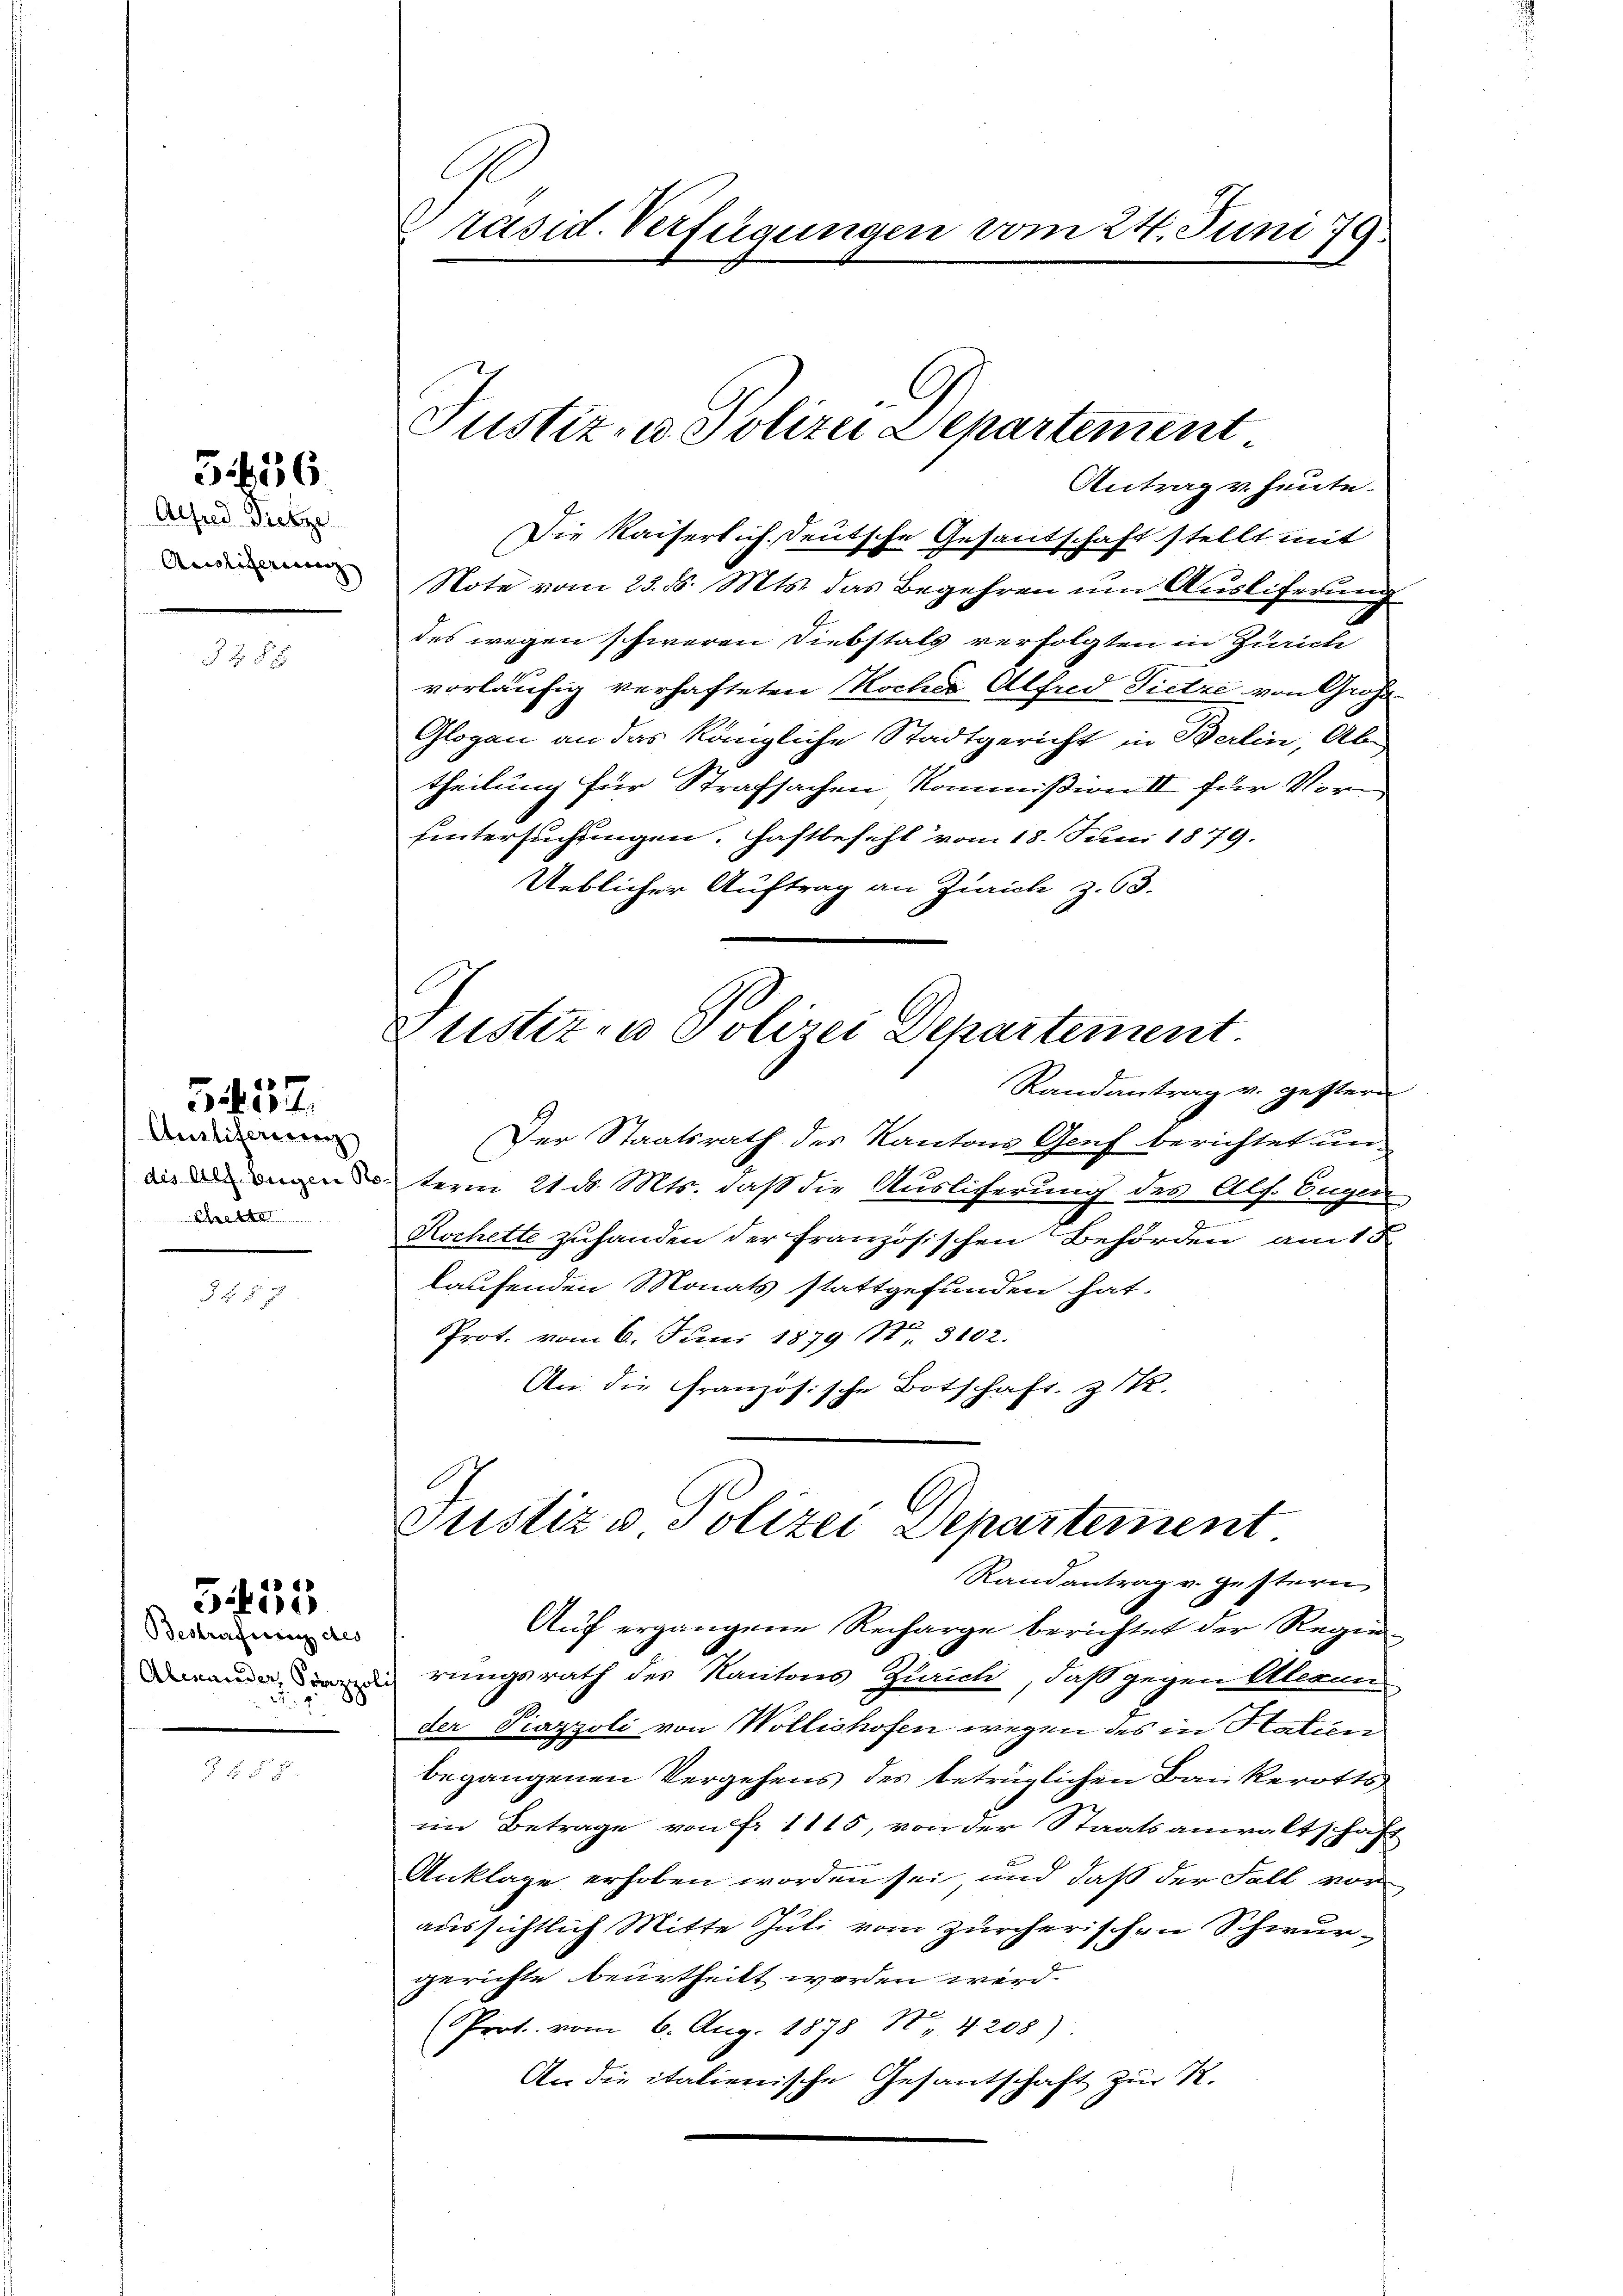
Alfred Pietze
Acclifernerenz |

556.

3288

Auslifering
des Alibigen Ro
Chette

5437.

3 45 x

Bestrafung des
Aleander, Sozzol

5455

Präsid. Verfügungen vom 24. Juni 19

Justiz- u. Polizei Departement
Antrag v. heute.

Die Kaiserlich Deutsche Gesantschaft stellt mit
Note vom 25. d. Mts. das Begehren um Ausliferung
des wegen schweren Diebstals verfolgten in Zürich
vorläufig verhafteten Kocher Alfred Tietze von Groß
Glogen an das kängliche Stadtgericht in Berlin, Ab-
theilung für Strafsachen Kommißion II für Voruntersuchungen. Haftbefehl vom 18. Juni 1879.
Ueblicher Auftrag an Zürich z. 63.
Randantrag v. gestern
Der Staatsrath des Kantons Genf berichtet un
term 21. d. Mts. daß die Ausliferung des Alf. Eugen
2
Kochette zuhanden der französischen Behörden am 18
laufenden Monats stattgefunden hat.
Prot. vom 6. Juni 1879 Nr. 3102.
An die Französische Botschaft. Z. 12.
Justiz & Polizei Departement
Randantrag v. gestern,
Auf ergangene Recharge berichtet der Regierungsrath des Kantons Zürich, daß gegen Alesun
der Piazzoli von Wollishofen wegen des in Station
begangenen Vergehens des betrüglichen Baukerotts
im Betrage von fr. 1115, von der Staatsanwaltschaft
Anklage erhoben worden sei, und daß der Fall vor
aussichtlich Mitte Juli vom zürcherischen Schwur-
gerichte beurtheilt werden wird.
(Prot. vom 6. Aug. 1878 No 4208)
An die italienische Gesantschaft zur K.

E
Justiz- u Polizei Departement.